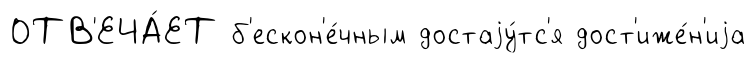
ОТВ'ЕЧА́ЕТ б'ескон'е́чным достаjу́тс'я дост'иже́н'иjа